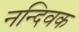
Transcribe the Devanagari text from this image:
नन्दिवक